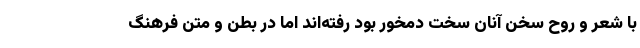
با شعر و روح سخن آنان سخت دمخور بود رفته‌اند اما در بطن و متن فرهنگ